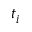
t _ { i }